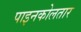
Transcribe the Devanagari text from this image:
पाइनकोलतार